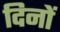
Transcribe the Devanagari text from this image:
दिनों